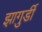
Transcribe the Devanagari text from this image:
झागुर्डी